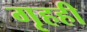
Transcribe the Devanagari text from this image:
गृहही